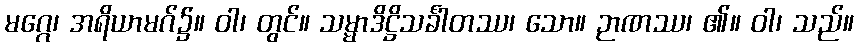
မဂ္ဂေ၊ အရိယာမဂ်၌။ ဝါ၊ တွင်။ သမ္မာဒိဋ္ဌိသင်္ခါတဿ၊ သော။ ဉာဏဿ၊ ၏။ ဝါ၊ သည်။